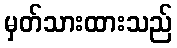
မှတ်သားထားသည်